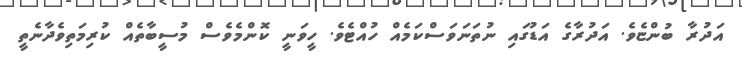
އަދުރާ ބުންޏެވެ. އަދުރާގެ އަޑުގައި ނުތަނަވަސްކަމެއް ހުއްޓެވެ. ހީވަނީ ކޮންމެވެސް މުސީބާތެއް ކުރިމަތިވެދާނެތީ